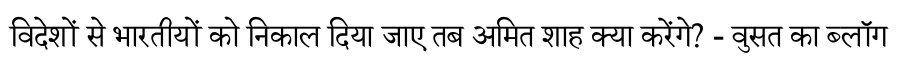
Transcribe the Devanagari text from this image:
विदेशों से भारतीयों को निकाल दिया जाए तब अमित शाह क्या करेंगे? - वुसत का ब्लॉग